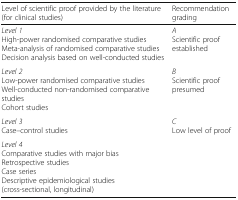
<table><thead><tr><td><b>Level of scientific proof provided by the literature (for clinical studies)</b></td><td><b>Recommendation grading</b></td></tr></thead><tbody><tr><td><i>Level 1</i>High-power randomised comparative studiesMeta-analysis of randomised comparative studiesDecision analysis based on well-conducted studies</td><td><i>A</i>Scientific proof established</td></tr><tr><td><i>Level 2</i>Low-power randomised comparative studiesWell-conducted non-randomised comparative studiesCohort studies</td><td><i>B</i>Scientific proof presumed</td></tr><tr><td><i>Level 3</i>Case–control studies</td><td rowspan="2"><i>C</i>Low level of proof</td></tr><tr><td><i>Level 4</i>Comparative studies with major biasRetrospective studiesCase seriesDescriptive epidemiological studies (cross-sectional, longitudinal)</td></tr></tbody></table>